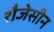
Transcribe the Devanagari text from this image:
शैजेसीन